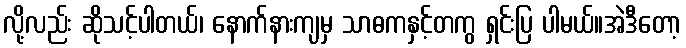
လို့လည်း ဆိုသင့်ပါတယ်၊ နောက်နားကျမှ သာဓကနှင့်တကွ ရှင်းပြ ပါမယ်။အဲဒီတော့